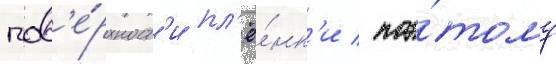
пов'е́рхност'и пл'ё́нк'и / поэ́тому